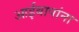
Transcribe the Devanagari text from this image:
आईबापांना